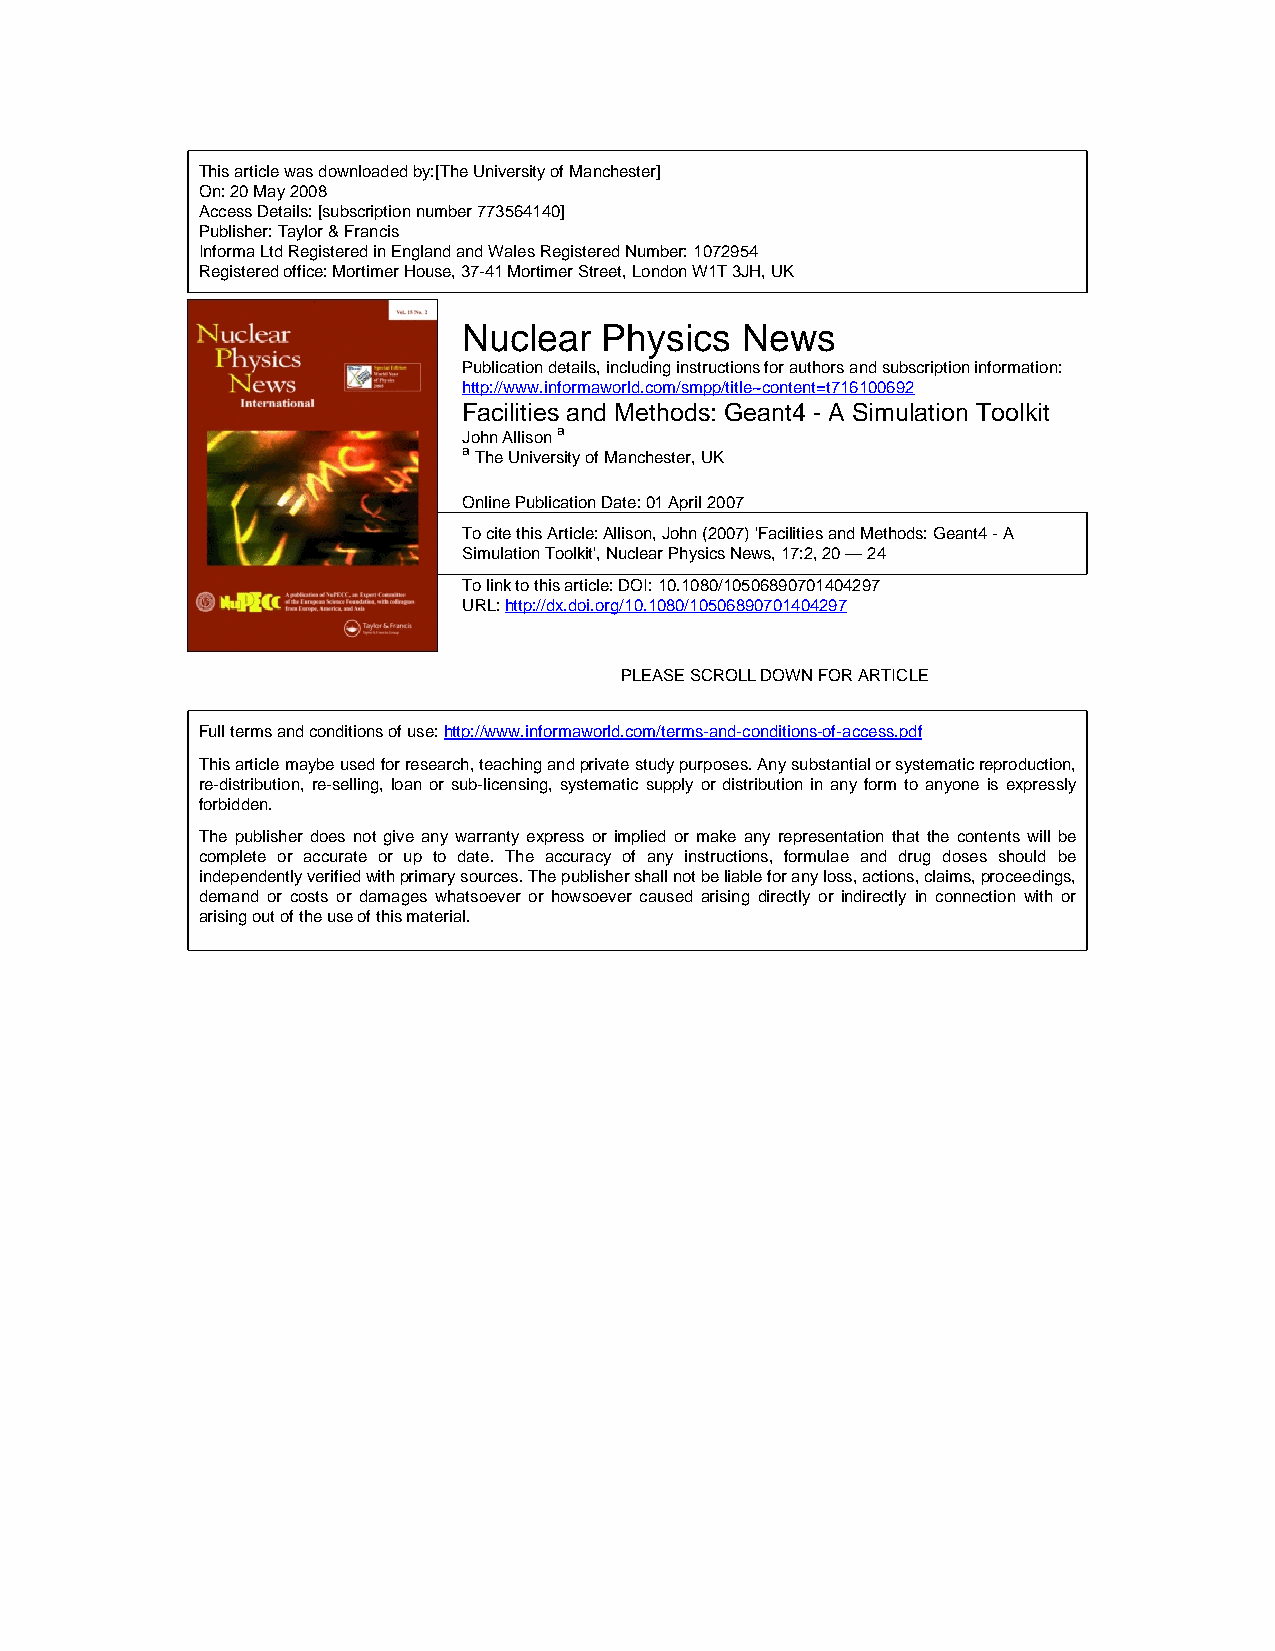
This article was downloaded by:[The University of Manchester]
 On:20 May 2008
 Access Details:[subscription number 773564140]
 Publisher:Taylor & Francis
 Informa Ltd Registered in England and Wales Registered Number: 1072954
 Registered office: Mortimer House, 37-41 Mortimer Street, London W1T 3JH, UK
 Nuclear  Physics  News
 Publication details, including instructions for authors and subscription information:
 http://www.informaworld.com/smpp/title~content=t716100692
 Facilities and Methods: Geant4 - A Simulation Toolkit
 John Allisona
 aThe University of Manchester, UK
 Online Publication Date:01 April 2007
 To cite this Article:Allison, John (2007) 'Facilities and Methods: Geant4 - A
 Simulation Toolkit', Nuclear Physics News, 17:2, 20 — 24
 To link to this article: DOI:10.1080/10506890701404297
 URL:http://dx.doi.org/10.1080/10506890701404297
 PLEASE SCROLL DOWN FOR ARTICLE
 Full terms and conditions of use:http://www.informaworld.com/terms-and-conditions-of-access.pdf
 Thisarticlemaybeusedforresearch,teachingandprivatestudypurposes.Anysubstantialorsystematicreproduction,
 re-distribution, re-selling, loan or sub-licensing, systematic supply or distribution in any form to anyone is expressly
 forbidden.
 The publisher does not give any warranty express or implied or make any representation that the contents will be
 complete or accurate or up to date. The accuracy of any instructions, formulae and drug doses should be
 independentlyverifiedwithprimarysources.Thepublishershallnotbeliableforanyloss,actions,claims,proceedings,
 demand or costs or damages whatsoever or howsoever caused arising directly or indirectly in connection with or
 arising out of the use of this material.